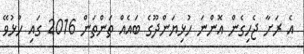
އެ ރަށާ ޖެހިގެން އޮންނަ ހުޅިޔަންދޫގެ ބައެއް ތަންތަން 2016 ގައި ހުޅުވޭ